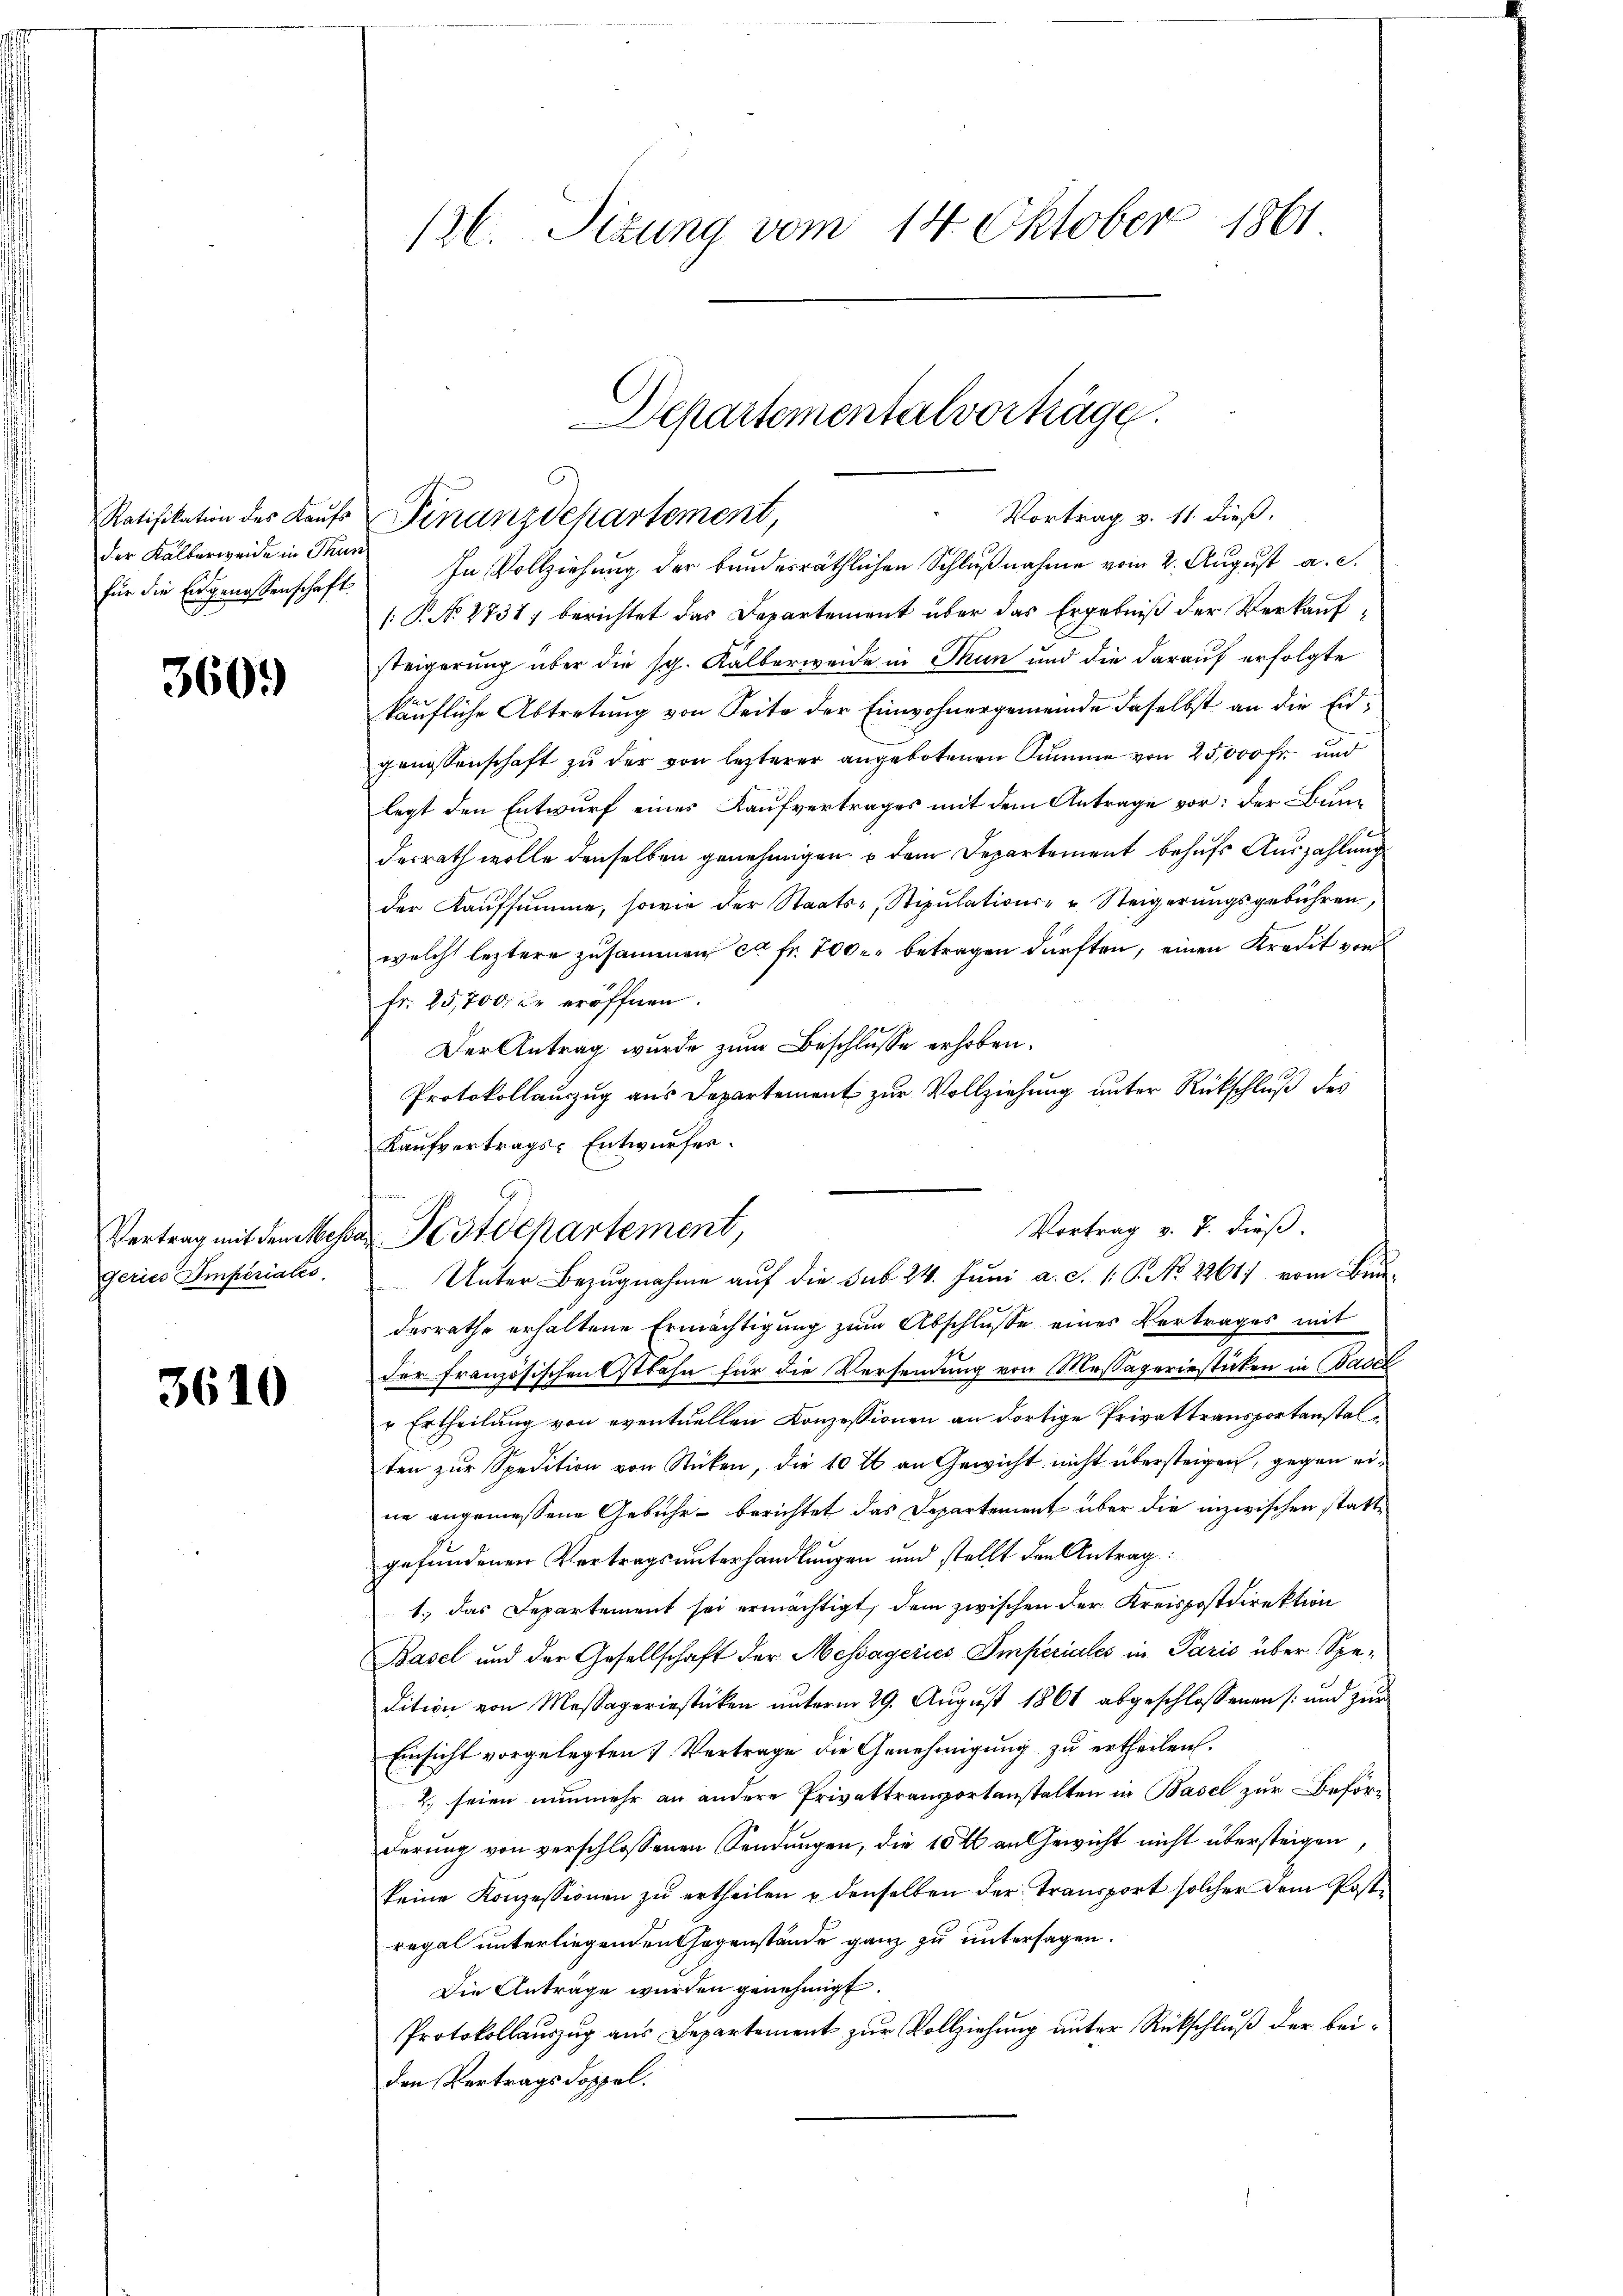
der Kalberweide in Thun

360.

geries Imperiales.

3610

für die Eidgenossenschaft In Vollziehŭng der bundesräthlichen Schlŭβnahme vom 2. August a. c.
[P. No 2731) berichtet das Departement über das Ergebniß der Verkaufsteigerung über die sp. Kalberweide in Thun und die darauf erfolgte
käufliche Abtretung von Seite der Einwohnergemeinde daselbst an die Eidgenossenschaft zŭ der von lezterer angebotenen Summe von 25,000 Fr. und
legt den Entwurf eines Kaufvertrages mit dem Antrage vor: der Bundesrath wolle denselben genehmigen dem Departement behufs Auszahlung
der Kaufsumme, sowie der Staats-Stipulations- u Steigerungsgebühren,
welch leztere zusammen ca Fr. 700 betragen dürften, einen Kredit von
fr. 25,700 Xr eröffnen.
Der Antrag wurde zum Beschlusse erhoben.
Protokollauszug aus Departement zur Vollziehung unter Rückschluß des
Kaufvertrags-Entwurfes.
Unter Bezugnahme auf die sub 24. Juni a.c. (: P. No. 2261 vom Brun¬

desrathe erhaltene Ermächtigung zum Abschluße eines Vertrages mit
der französischen Ostbahn für die Versendung von Messaperinsticken in Basel
 Ertheilung von eventuellen Konzessionen an dortige Privattransportanstalten zŭr Spedition von Stücken, die 10 fl an Gewicht nicht übersteigen, gegen eine angemessene Gebühr berichtet das Departement über die inzwischen statte
gefundenen Vertragsunterhandlungen und stellt den Antrag:
1.) Das Departement sei ermächtigt, dem zwischen der Kreispostdirektion
Basel und der Gesellschaft der Messageries Imperiales in Paris über Spedition von Massageriestücken unterm 29. August 1861 abgeschlossenen /: und zur
Einsicht vorgelegten Vertrage die Genehmigung zu ertheilen.
2. seien nunmehr an andere Privattransportanstalten in Basel zur Beförderung von verschlossenen Sendungen, die 10 fl an Gewicht nicht übersteigen,
keine Konzessionen zŭ ertheilen u denselben der Transport solcher dem Post-
regal unterliegenden Gegenstände ganz zu untersagen.
Die Antrage wurden genehmigt.
Protokollauszug aus Departement zur Vollziehung unter Rückschluß der beiden Vertragsdoppel.

126. Sizung vom 14. Oktober 1861

Ratifikation des Kaufs Finanzdepartement,

Departementalvorträge.
Vortrag v. 11. dieß.

Vortrag v. J. dieß.
Vertrag mit den Messer Postdepartement,